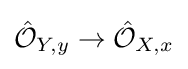
{\hat {\mathcal {O}}}_{Y,y}\to {\hat {\mathcal {O}}}_{X,x}